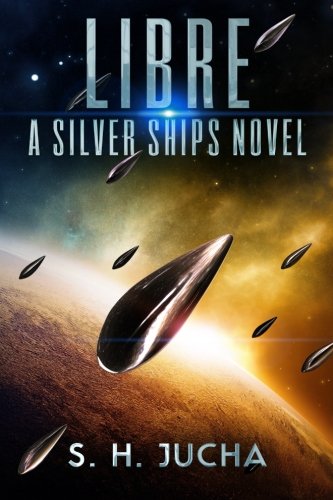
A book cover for Libre, A Silver Ships Novel (The Silver Ships) (Volume 2); S. H. Jucha; Science Fiction & Fantasy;